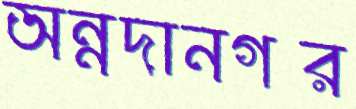
অন্নদানগর